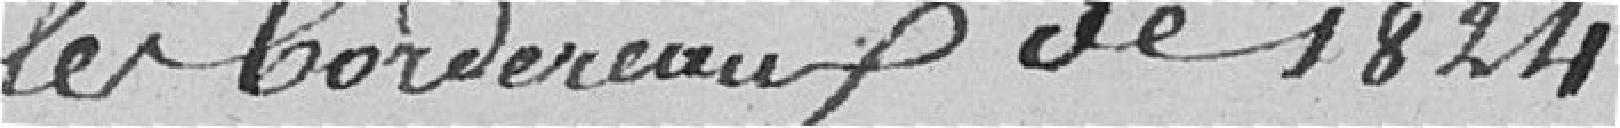
les bordereaux de 1824.